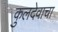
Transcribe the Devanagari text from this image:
कुलदेवाचा